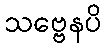
သဗ္ဗေနပိ